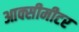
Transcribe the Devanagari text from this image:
आक्सीमीटर